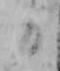
日